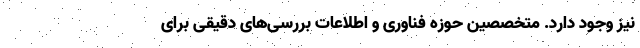
نیز وجود دارد. متخصصین حوزه فناوری و اطلاعات بررسی‌های دقیقی برای